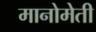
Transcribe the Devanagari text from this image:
मानोमेती